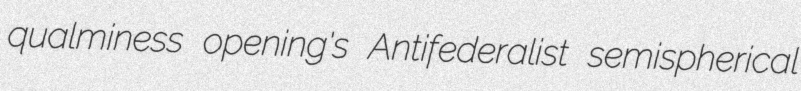
qualminess opening's Antifederalist semispherical